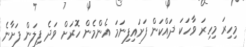
މިހިރަ މިހިރަ ވާހަކަ ދައްކަން ފަށައިފިނަމަ އެންމެން ހޮރަށް ވަދެ ފިލަން ފަށާނެ